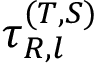
\tau _ { R , l } ^ { ( T , S ) }